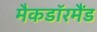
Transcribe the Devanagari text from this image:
मैकडाॅरमैंड